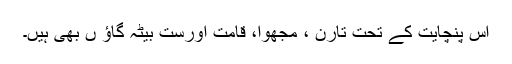
اس پنچایت کے تحت تارن ، مجھوا، قامت اورست بیٹہ گاؤ ں بھی ہیں۔